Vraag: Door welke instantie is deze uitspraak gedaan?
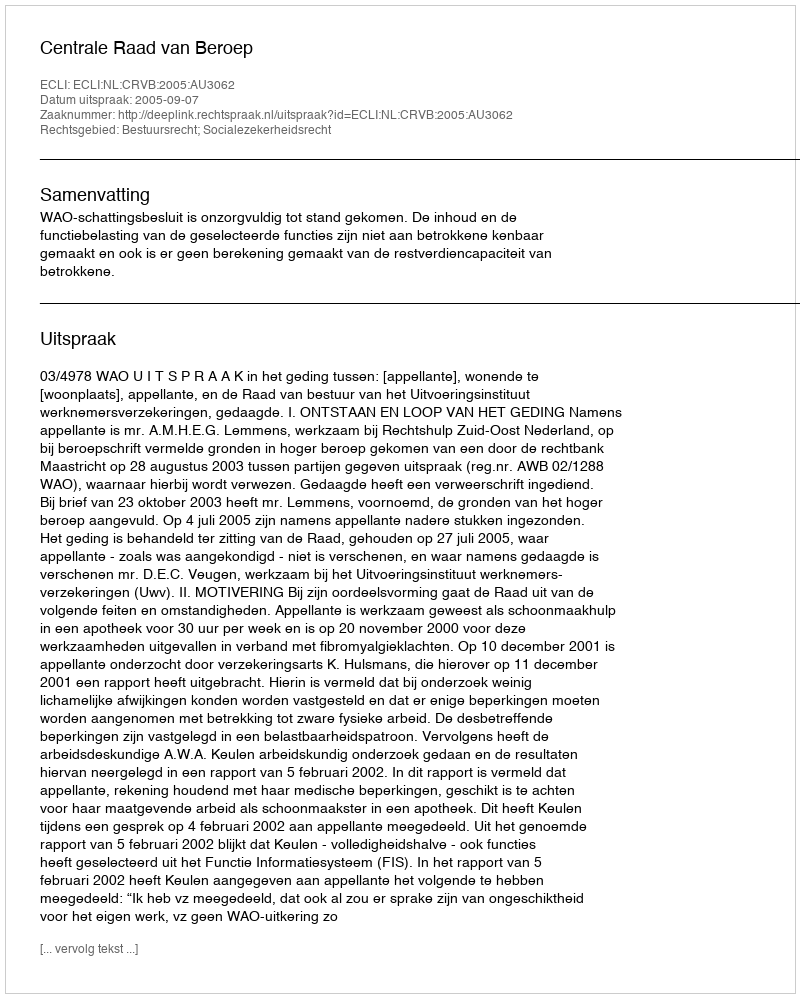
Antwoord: Centrale Raad van Beroep